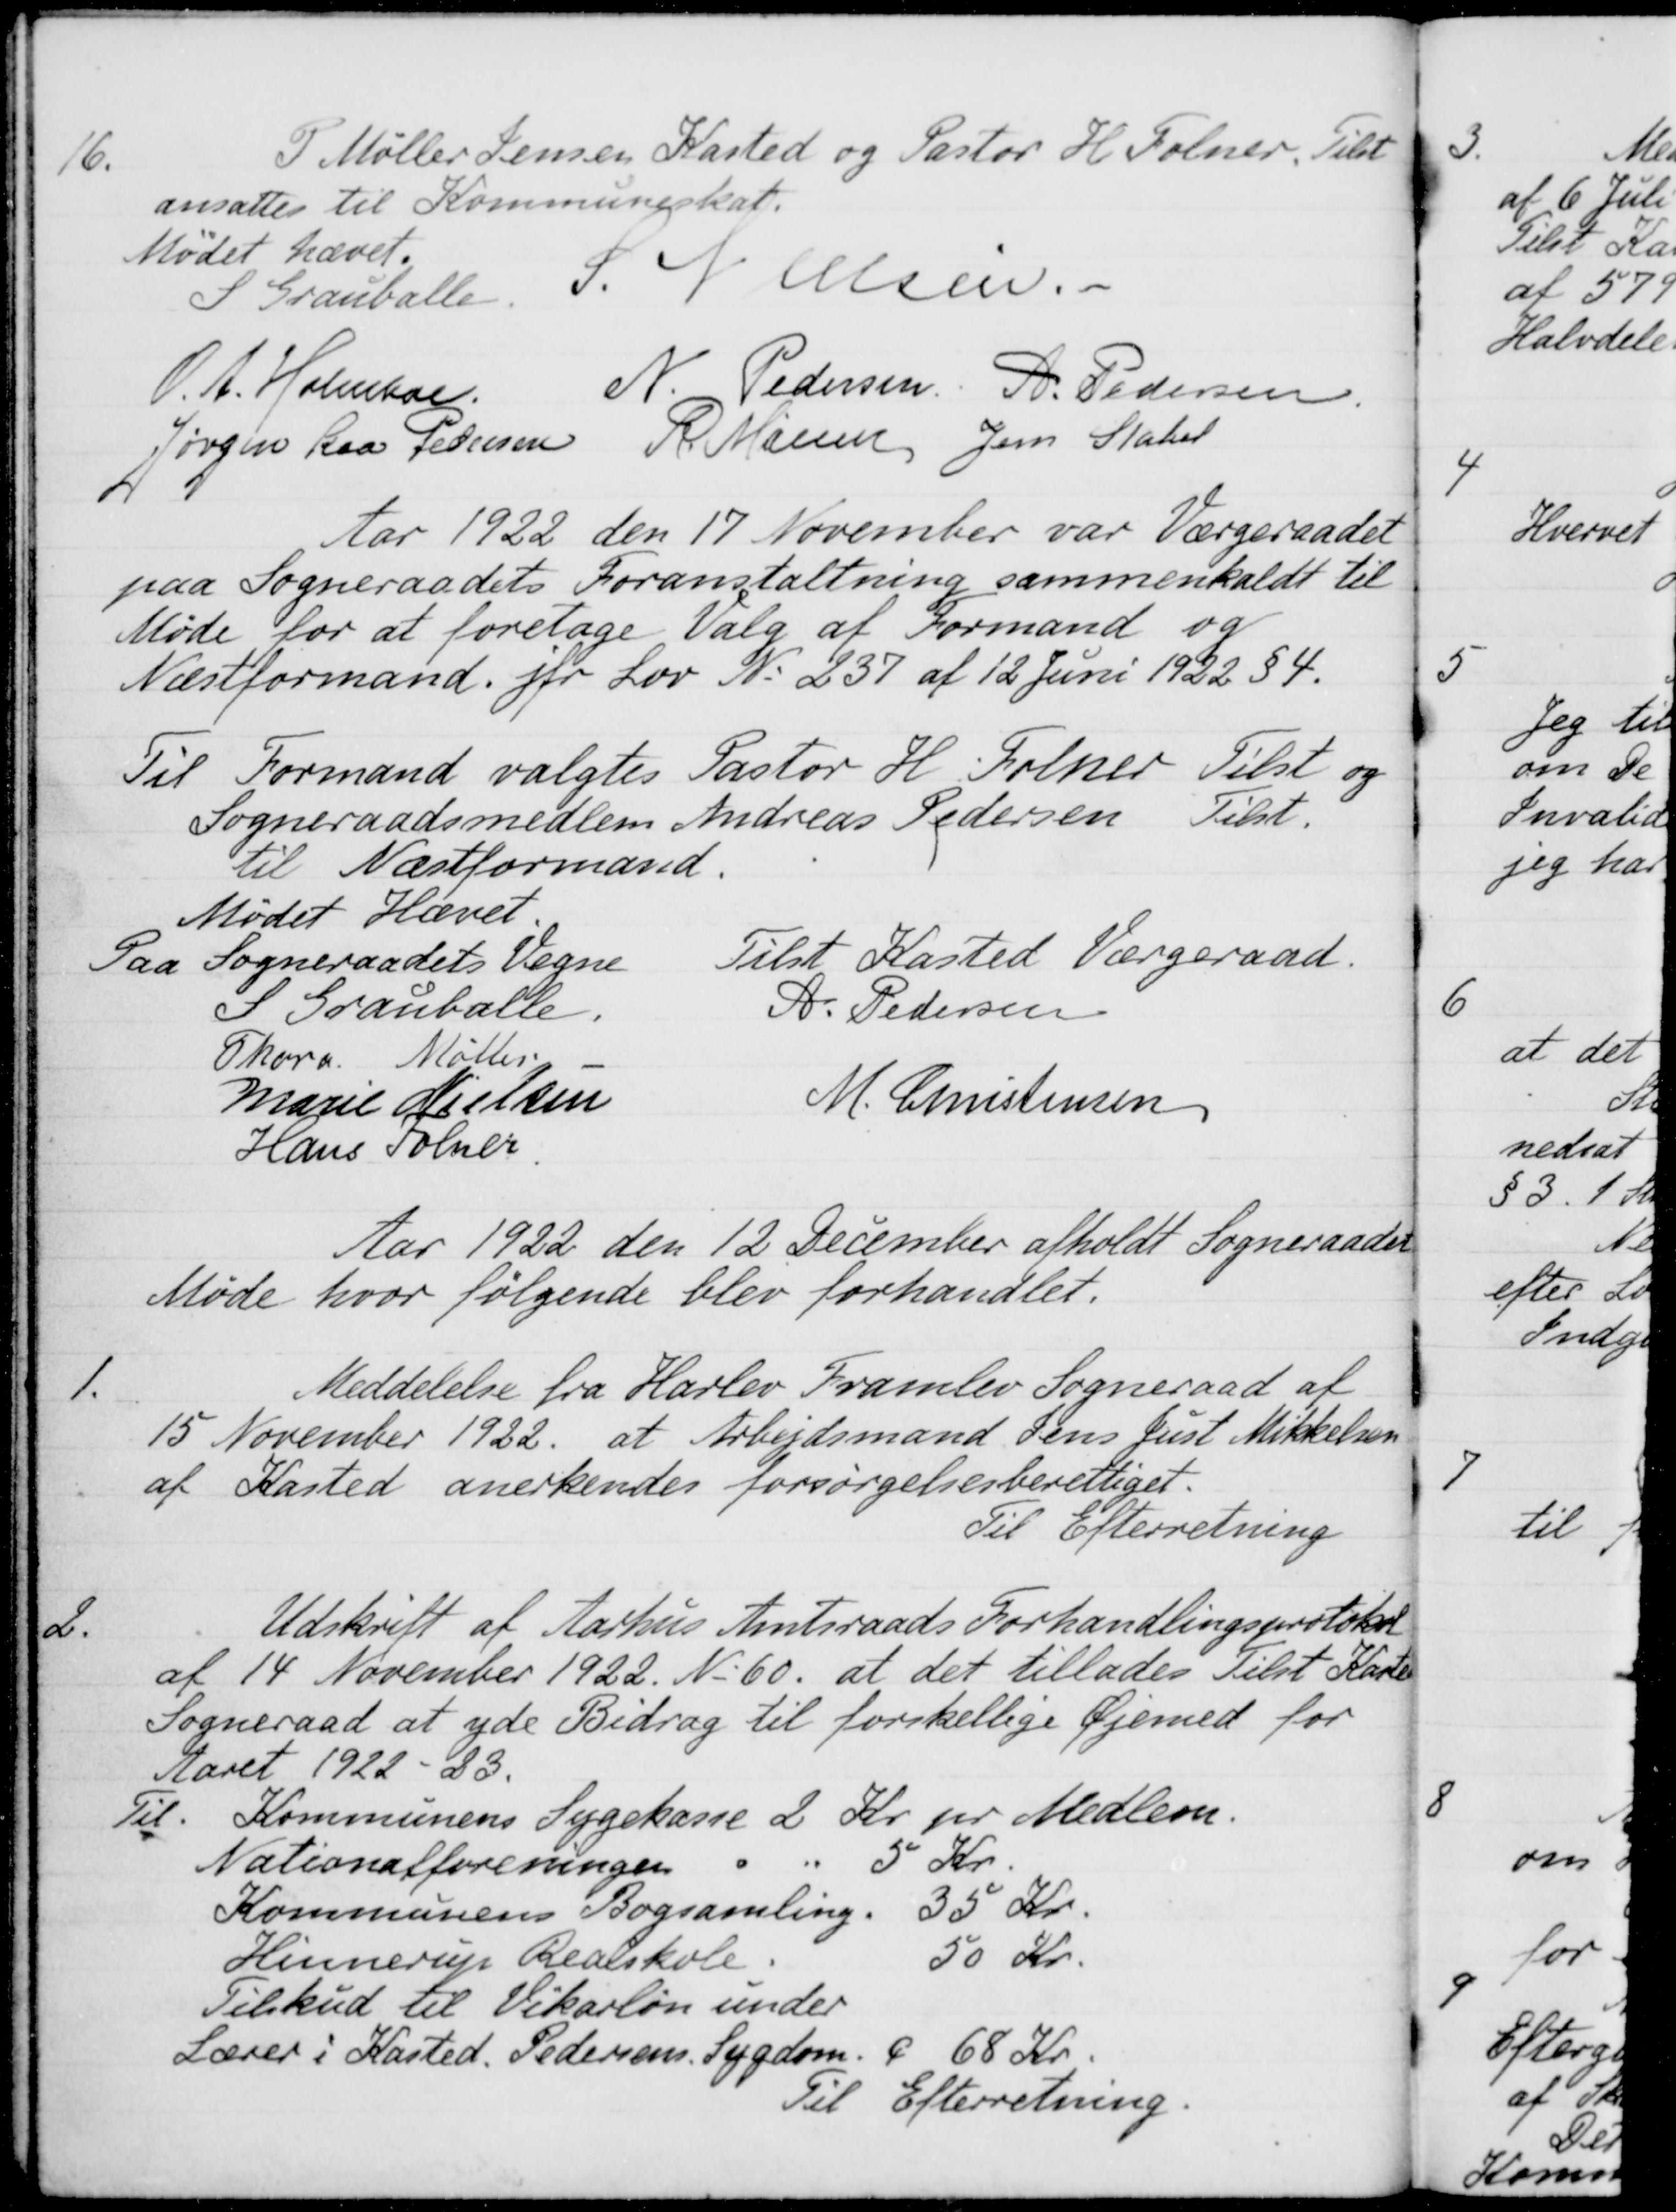
Transskription:
16
P Møller Jensen Kasted og Pastor H. Folner, Tilst
ansattes til Kommuneskat.
Mødet hævet.
S Grauballe,
S. Nielsen.
O. A. Holmboe
N. Pedersen
A. Pedersen
Jørgen Kaa Pedersen
R. Mainz
Jens Stabel
Aar 1922 den 17 November var Værgeraadet
paa Sogneraadets Foranstaltning sammenkaldt til
Møde for at foretage Valg af Formand og
Næstformand for Lov No 237 af 12 Juni 1922 § 4.
Til Formand valgtes Pastor H. Folner Tilst og
Sogneraadsmedlem Andreas Pedersen
Tilst.
til Næstformand.
Mødet Hævet
Paa Sogneraadets Vegne
Tilst Kasted Værgeraad.
S Grauballe.
A. Pedersen
Thora Møller
Marie Nielsen
M. Christensen
Hans Folner.
Aar 1922 den 12 December afholdt Sogneraadet
Møde hvor følgende blev forhandlet.
1.
Meddelelse fra Harlev Framlev Sogneraad af
15 November 1922 at Arbejdsmand Jens Just Mikkelsen
af Kasted anerkendes forsørgelsesberettiget.
Til Efterretning
2.
Udskrift af Aarhus Amtsraads Forhandlingsprotokol
af 14 November 1922. No. 60, at det tillades Tilst Kasted
Sogneraad at yde Bidrag til forskellige Øjemed for
Aaret 1922 - 23.
Til Kommunens Sygekasse 2 Kr. pr Medlem.
Nationalforeningen
5 Kr.
Kommunens Bogsamling
35 Kr.
Hinnerup Realskole
50 Kr.
Tilskud til Vikarløn under
Lærer i Kasted. Pedersens sygdom
68 Kr.
Til Efterretning.